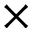
\times